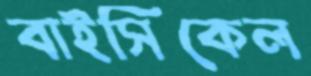
বাইসিকেল